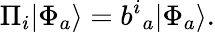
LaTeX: \Pi_{i}|\Phi_{a}\rangle=b^{i}{}_{a}|\Phi_{a}\rangle.